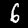
Label: 6